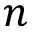
n